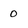
Character: 0